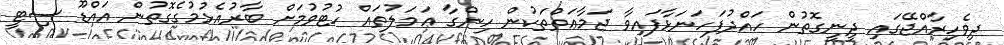
ދިވެހިރާއްޖޭގައި ދީނީގޮތުން ހައްދުފަހަނަޅާފައިވާ ޖަމާޢަތްތަކުން ހިންގާ ޢަމަލުތައް ހުޓުވުމަށް ބާރުއެޅުމުގެގޮތުން އައްޑޫ ސިޓީ